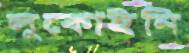
লুকোইনি